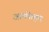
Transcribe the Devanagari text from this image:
आमफेहम